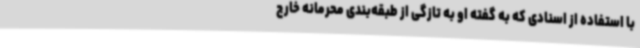
با استفاده از اسنادی که به گفته او به تازگی از طبقه‌بندی محرمانه خارج